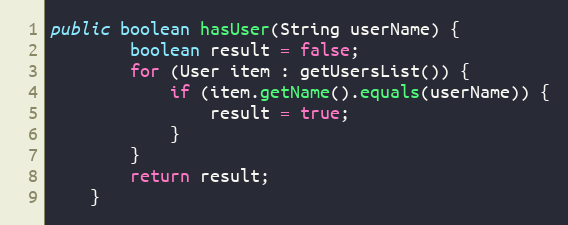
Language: Java
public boolean hasUser(String userName) {
        boolean result = false;
        for (User item : getUsersList()) {
            if (item.getName().equals(userName)) {
                result = true;
            }
        }
        return result;
    }